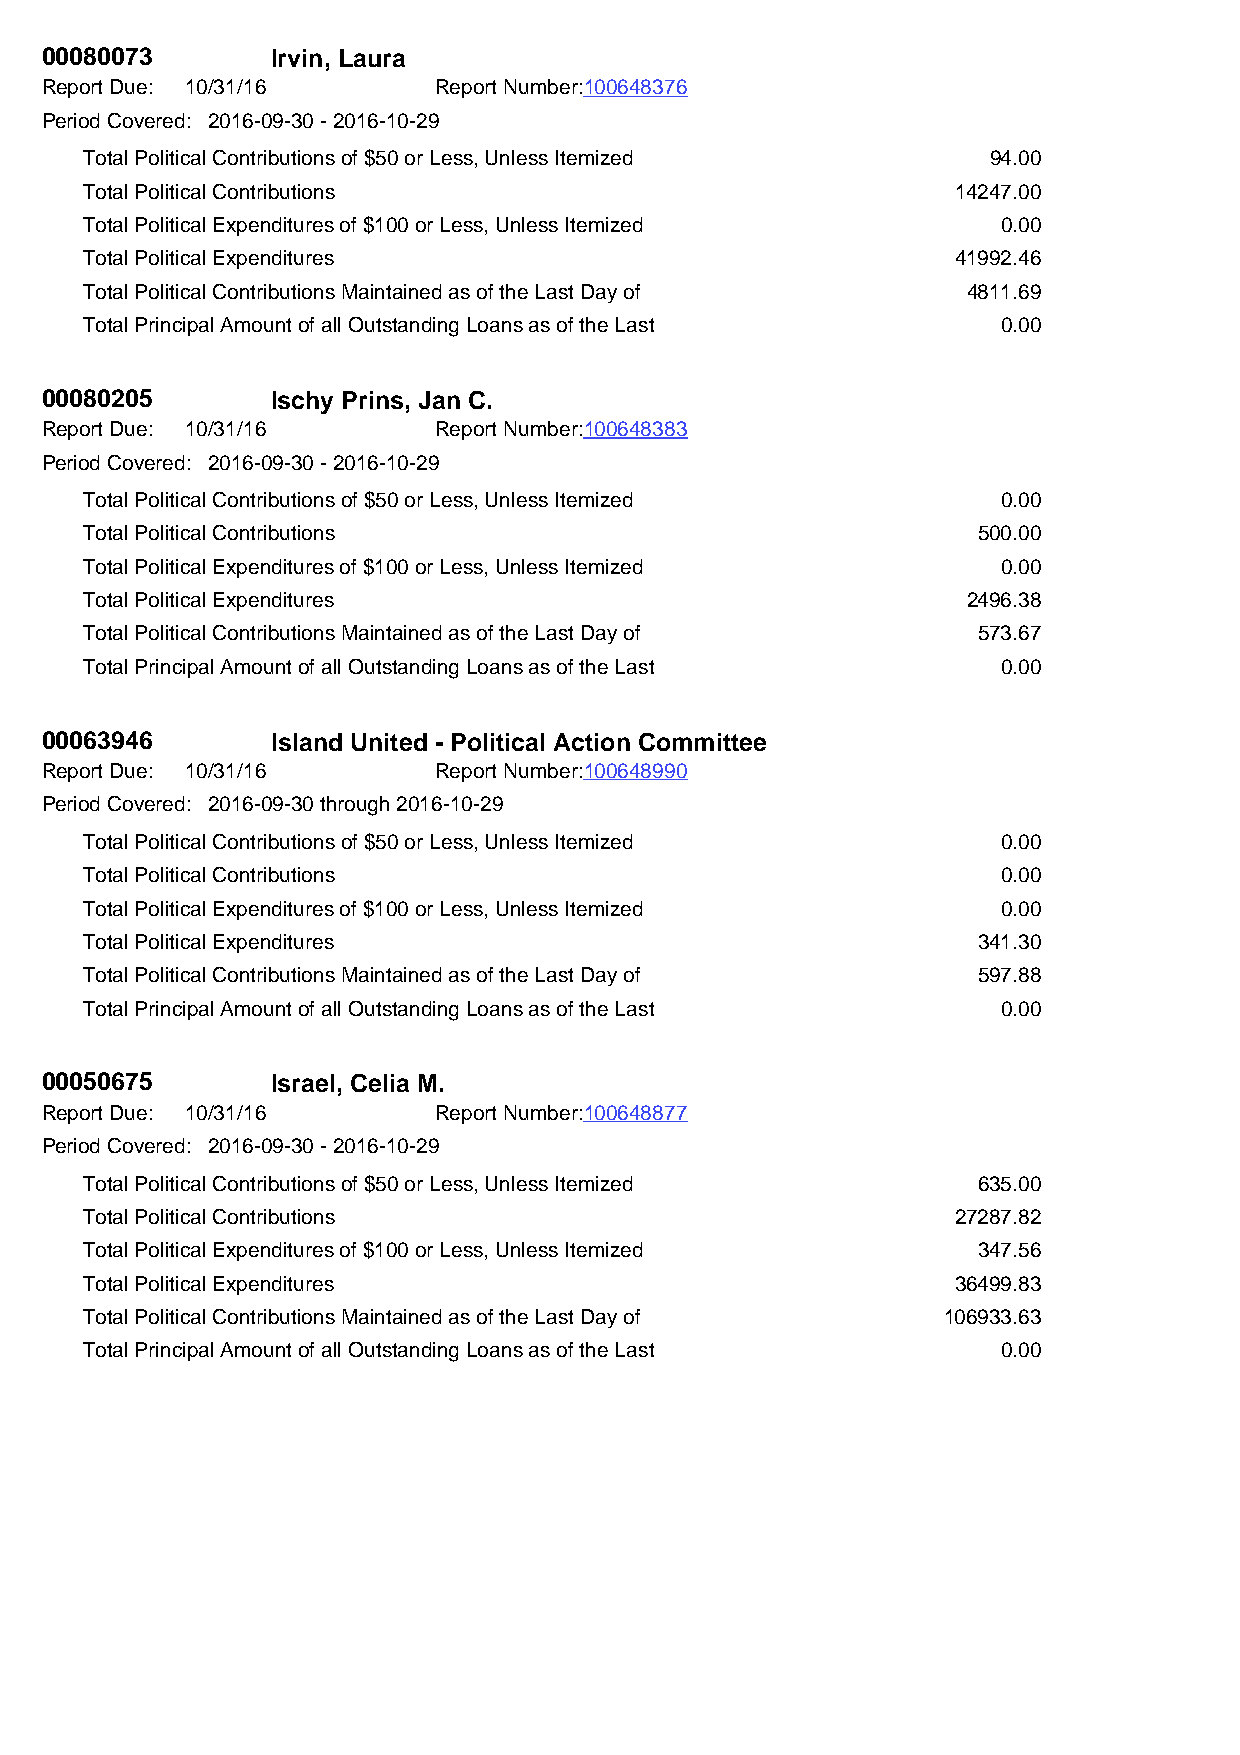
00080073       Irvin, Laura
 Report Due: 10/31/16      Report Number:100648376
 Period Covered: 2016-09-30 - 2016-10-29
 Total Political Contributions of $50 or Less, Unless Itemized 94.00
 Total Political Contributions                            14247.00
 Total Political Expenditures of $100 or Less, Unless Itemized 0.00
 Total Political Expenditures                             41992.46
 Total Political Contributions Maintained as of the Last Day of 4811.69
 Total Principal Amount of all Outstanding Loans as of the Last 0.00
 00080205       Ischy Prins, Jan C.
 Report Due: 10/31/16      Report Number:100648383
 Period Covered: 2016-09-30 - 2016-10-29
 Total Political Contributions of $50 or Less, Unless Itemized 0.00
 Total Political Contributions                              500.00
 Total Political Expenditures of $100 or Less, Unless Itemized 0.00
 Total Political Expenditures                              2496.38
 Total Political Contributions Maintained as of the Last Day of 573.67
 Total Principal Amount of all Outstanding Loans as of the Last 0.00
 00063946       Island United - Political Action Committee
 Report Due: 10/31/16      Report Number:100648990
 Period Covered: 2016-09-30 through 2016-10-29
 Total Political Contributions of $50 or Less, Unless Itemized 0.00
 Total Political Contributions                               0.00
 Total Political Expenditures of $100 or Less, Unless Itemized 0.00
 Total Political Expenditures                               341.30
 Total Political Contributions Maintained as of the Last Day of 597.88
 Total Principal Amount of all Outstanding Loans as of the Last 0.00
 00050675       Israel, Celia M.
 Report Due: 10/31/16      Report Number:100648877
 Period Covered: 2016-09-30 - 2016-10-29
 Total Political Contributions of $50 or Less, Unless Itemized 635.00
 Total Political Contributions                            27287.82
 Total Political Expenditures of $100 or Less, Unless Itemized 347.56
 Total Political Expenditures                             36499.83
 Total Political Contributions Maintained as of the Last Day of 106933.63
 Total Principal Amount of all Outstanding Loans as of the Last 0.00